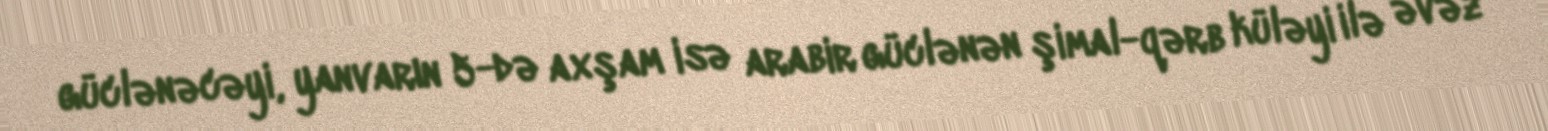
güclənəcəyi, yanvarın 5-də axşam isə arabir güclənən şimal-qərb küləyi ilə əvəz